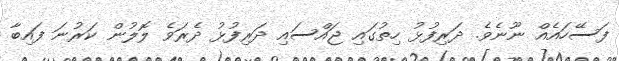
ފަސޭހައެއް ނޫނެވެ. ދަރިފުޅު ހިތުގައި ޖައްސައި ދަރިފުޅު ދެރަވެ ލޮލުން ކަރުނަ ފައިބާ